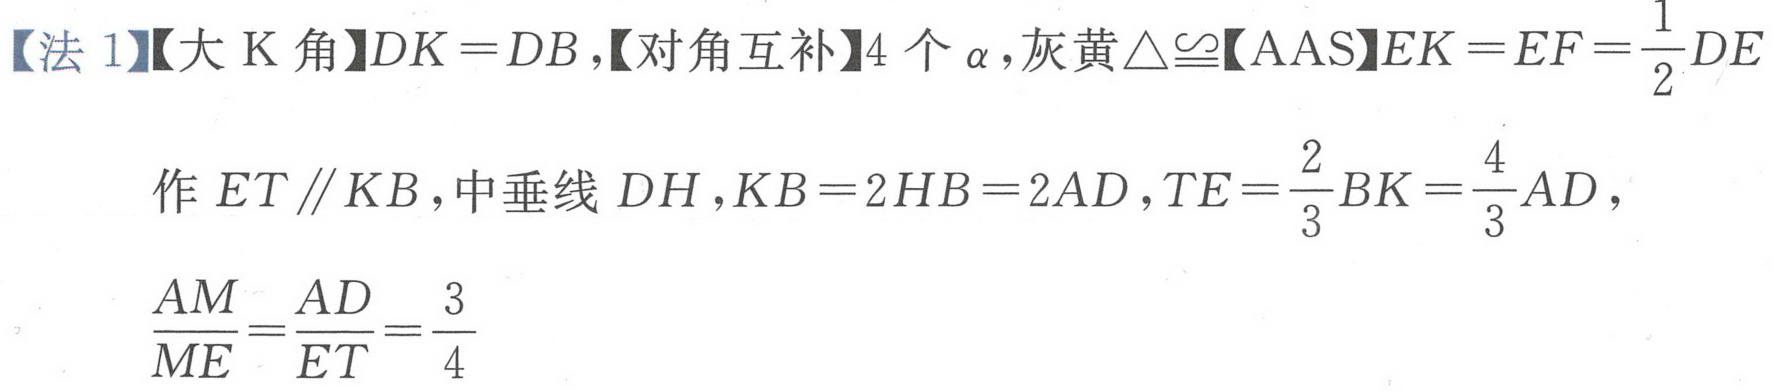
【法 1】【大 K 角】\(DK = DB\)，【对角互补】4 个\(\alpha\)，灰黄\(\triangle\cong\)【AAS】\(EK = EF=\frac{1}{2}DE\)
作\(ET \parallel KB\)，中垂线 \(DH\)，\(KB = 2HB = 2AD\)，\(TE=\frac{2}{3}BK=\frac{4}{3}AD\)，
\(\frac{AM}{ME}=\frac{AD}{ET}=\frac{3}{4}\)